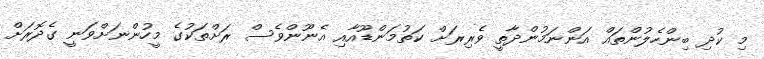
މި ކުދި ބިންހެލުންތައް އަންނަމުންދާތީ ވެރިރަށް ކަތުމަންޑޫއާއި އެނޫންވެސް ރަށްތަކުގެ މީހުންނަށްވަނީ ގެދޮރަށް